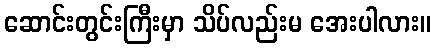
ဆောင်းတွင်းကြီးမှာ သိပ်လည်းမ အေးပါလား။